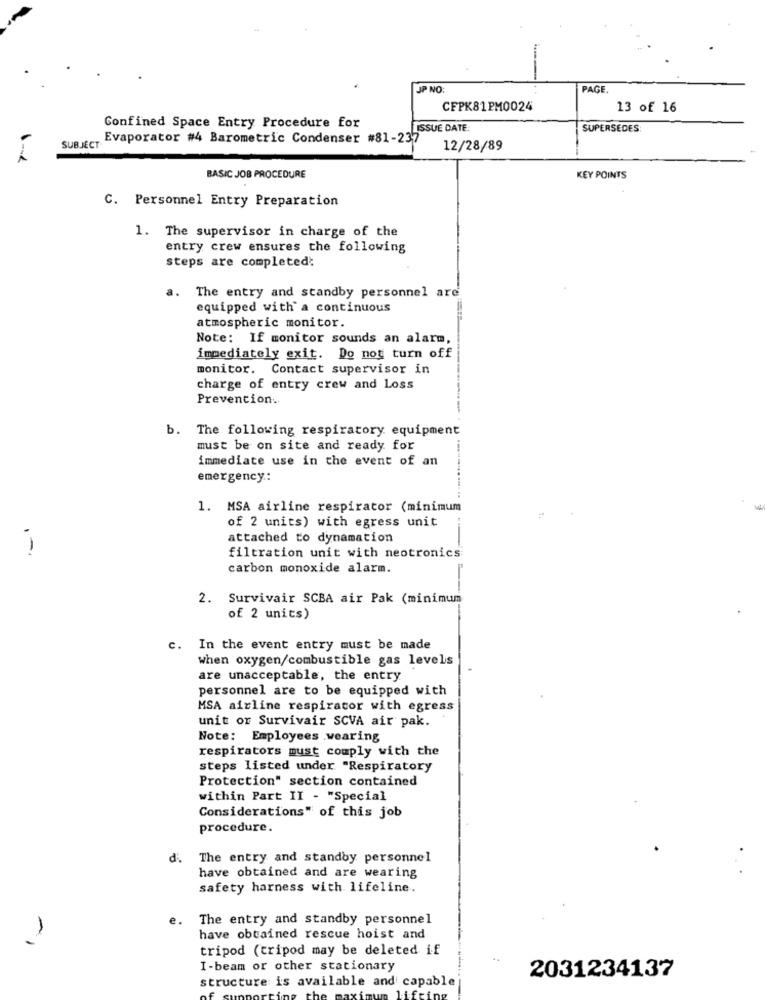
JP NO:
PAGE.
CFPK81PM0024
13 of 16
Confined Space Entry Procedure for
ISSUE DATE:
SUPERSÉDES:
Evaporator #4 Barometric Condenser #81-237
SUBJECT
12/28/89
BASIC JOB PROCEDURE
KEY POINTS
C. Personnel Entry Preparation
1. The supervisor in charge of the
entry crew ensures the following
steps are completed:
a. The entry and standby personnel are
equipped with a continuous
atmospheric monitor.
Note: If monitor sounds an alarm,
immediately exit. Do not turn off
monitor. Contact supervisor in
charge of entry crew and Loss
Prevention.
b. The following respiratory equipment
must be on site and ready for
immediate use in the event of an
emergency:
1. MSA airline respirator (minimum
of 2 units) with egress unit
attached to dynamation
1
filtration unit with neotronics
carbon monoxide alarm.
2. Survivair SCBA air Pak (minimum
of 2 units)
c. In the event entry must be made
when oxygen/combustible gas levels
are unacceptable, the entry
personnel are to be equipped with
MSA airline respirator with egress
unit or Survivair SCVA air pak.
Note: Employees .wearing
respirators must comply with the
steps listed under "Respiratory
Protection" section contained
within Part II - "Special
Considerations" of this job
procedure.
. The entry and standby personnel
have obtained and are wearing
safety harness with lifeline.
e.
The entry and standby personnel
have obtained rescue hoist and
tripod (tripod may be deleted if
I-beam or other stationary
structure is available and capable
2031234137